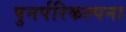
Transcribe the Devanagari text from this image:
पुनर्परिकल्पना